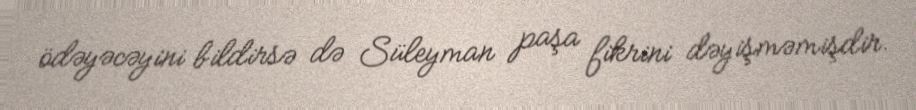
ödəyəcəyini bildirsə də Süleyman paşa fikrini dəyişməmişdir.